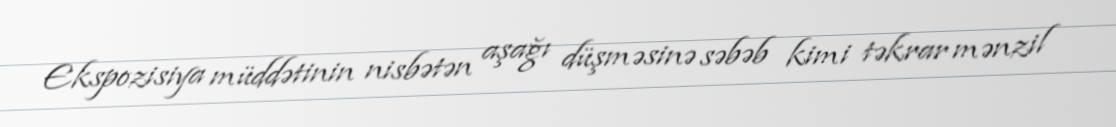
Ekspozisiya müddətinin nisbətən aşağı düşməsinə səbəb kimi təkrar mənzil